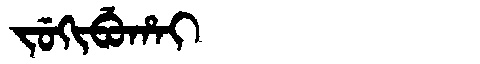
Manchu: ᠵᡠᡴᡳᠪᡠᡥᠠᡳ
Romanization: JUKIBUHAI